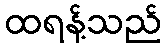
ထရန့်သည်